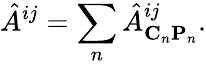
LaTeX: \hat{A}^{ij}=\sum_{n}\hat{A}_{{\mathbf C}_{n}{\mathbf P}_{n}}^{ij}.